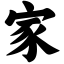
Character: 家